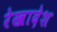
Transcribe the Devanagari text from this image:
रेखादेश